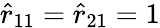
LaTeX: \hat{r}_{11}=\hat{r}_{21}=1